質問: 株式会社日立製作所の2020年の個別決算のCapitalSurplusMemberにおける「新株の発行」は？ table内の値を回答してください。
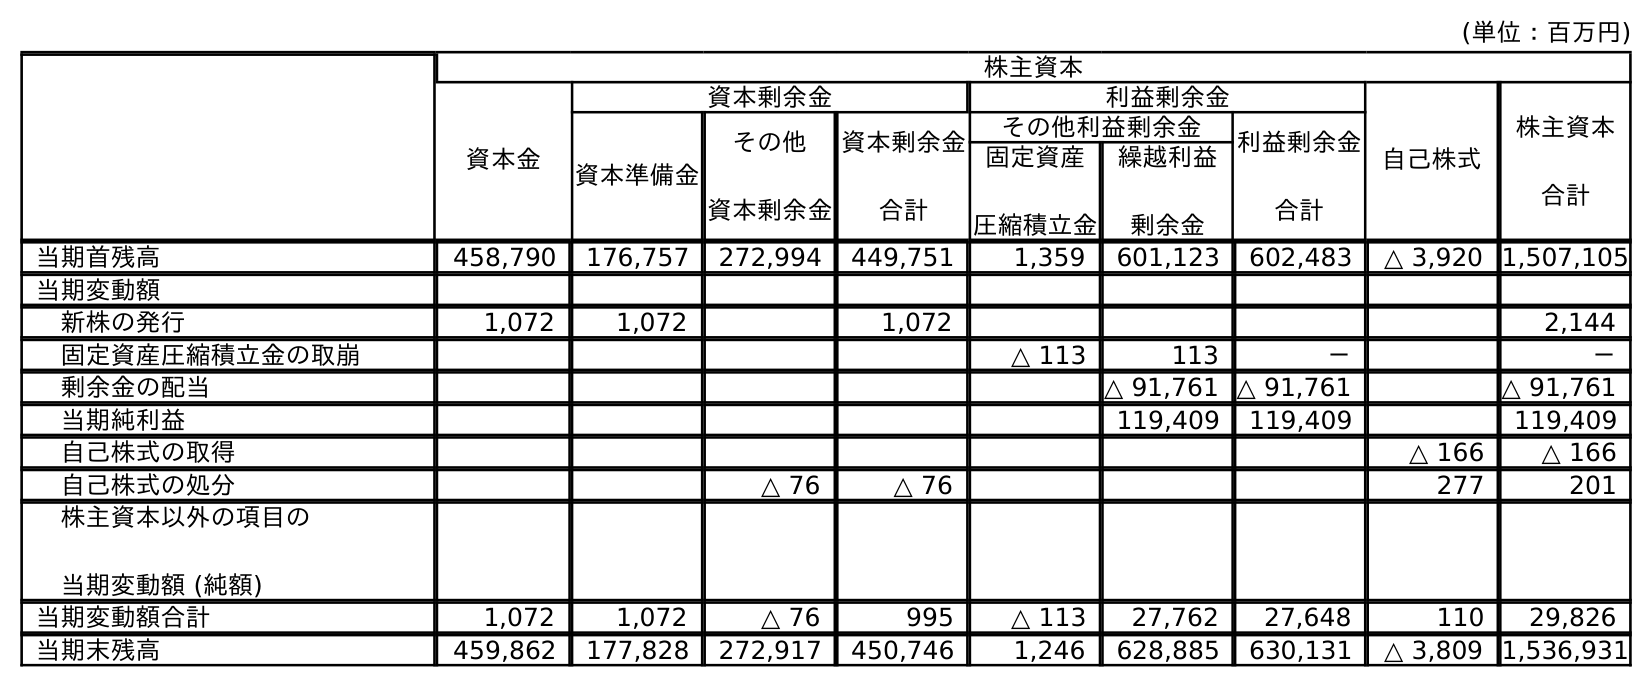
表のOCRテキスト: (単位：百万円) 株主資本 資本金 資本剰余金 利益剰余金 自己株式 株主資本 合計 資本準備金 その他 資本剰余金 資本剰余金 合計 その他利益剰余金 利益剰余金 合計 固定資産 圧縮積立金 繰越利益 剰余金 当期首残高 458,790 176,757 272,994 449,751 1,359 601,123 602,483 △ 3,920 1,507,105 当期変動額 新株の発行 1,072 1,072 1,072 2,144 固定資産圧縮積立金の取崩 △ 113 113 － － 剰余金の配当 △ 91,761 △ 91,761 △ 91,761 当期純利益 119,409 119,409 119,409 自己株式の取得 △ 166 △ 166 自己株式の処分 △ 76 △ 76 277 201 株主資本以外の項目の 当期変動額 (純額) 当期変動額合計 1,072 1,072 △ 76 995 △ 113 27,762 27,648 110 29,826 当期末残高 459,862 177,828 272,917 450,746 1,246 628,885 630,131 △ 3,809 1,536,931
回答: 1,072